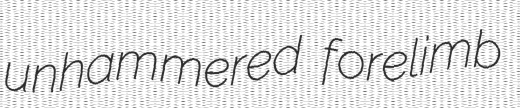
unhammered forelimb